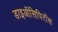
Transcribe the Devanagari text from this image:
डाइऑसिपिरॉस